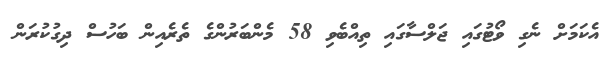
އެކަމަށް ނެގި ވޯޓުގައި ޖަލްސާގައި ތިއްބެވި 58 މެންބަރުންގެ ތެރެއިން ބަހުސް ދިގުކުރަން